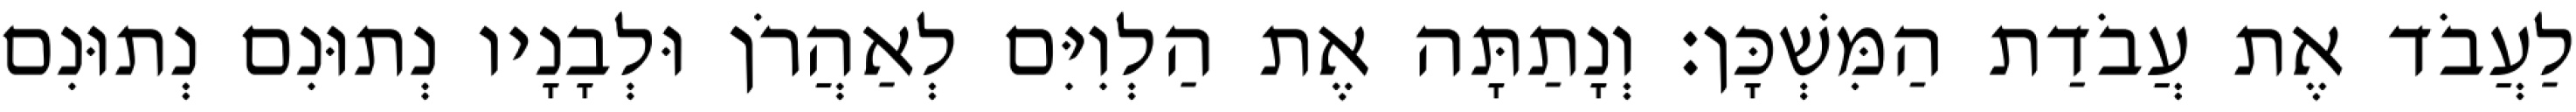
לַעֲבֹד אֶת עֲבֹדַת הַמִּשְׁכָּן׃ וְנָתַתָּה אֶת הַלְוִיִּם לְאַהֲרֹן וּלְבָנָיו נְתוּנִם נְתוּנִם